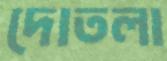
দোতলা